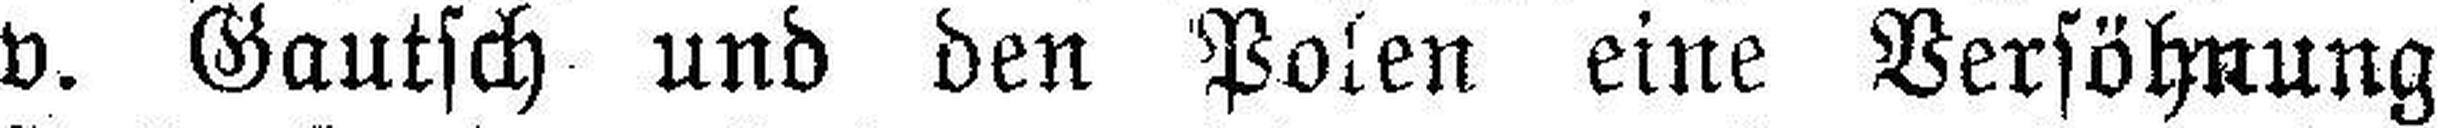
v. Gautsch und den Polen eine Versöhnung